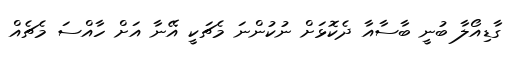
ގާޑިއޯލާ ބުނީ ބާސާއާ ދެކޮޅަށް ނުކުންނަ މެޗަކީ އޭނާ އަށް ހާއްސަ މެޗެއް